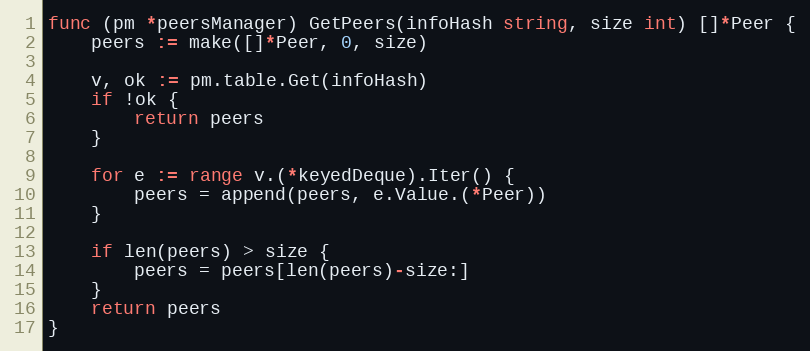
Language: Go
func (pm *peersManager) GetPeers(infoHash string, size int) []*Peer {
	peers := make([]*Peer, 0, size)

	v, ok := pm.table.Get(infoHash)
	if !ok {
		return peers
	}

	for e := range v.(*keyedDeque).Iter() {
		peers = append(peers, e.Value.(*Peer))
	}

	if len(peers) > size {
		peers = peers[len(peers)-size:]
	}
	return peers
}